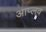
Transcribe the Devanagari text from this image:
आप्लव